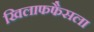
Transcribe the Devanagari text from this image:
खिलाफफैसला